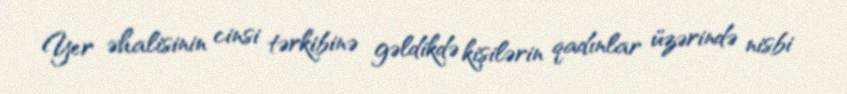
Yer əhalisinin cinsi tərkibinə gəldikdə kişilərin qadınlar üzərində nisbi